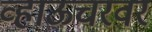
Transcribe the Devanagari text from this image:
व्हाऊचरवर